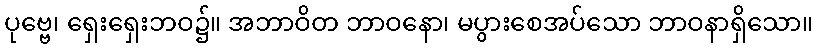
ပုဗ္ဗေ၊ ရှေးရှေးဘဝ၌။ အဘာဝိတ ဘာဝနော၊ မပွားစေအပ်သော ဘာဝနာရှိသော။